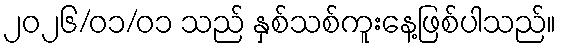
၂၀၂၆/၀၁/၀၁ သည် နှစ်သစ်ကူးနေ့ဖြစ်ပါသည်။